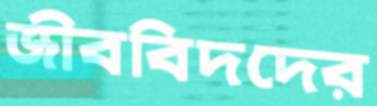
জীববিদদের